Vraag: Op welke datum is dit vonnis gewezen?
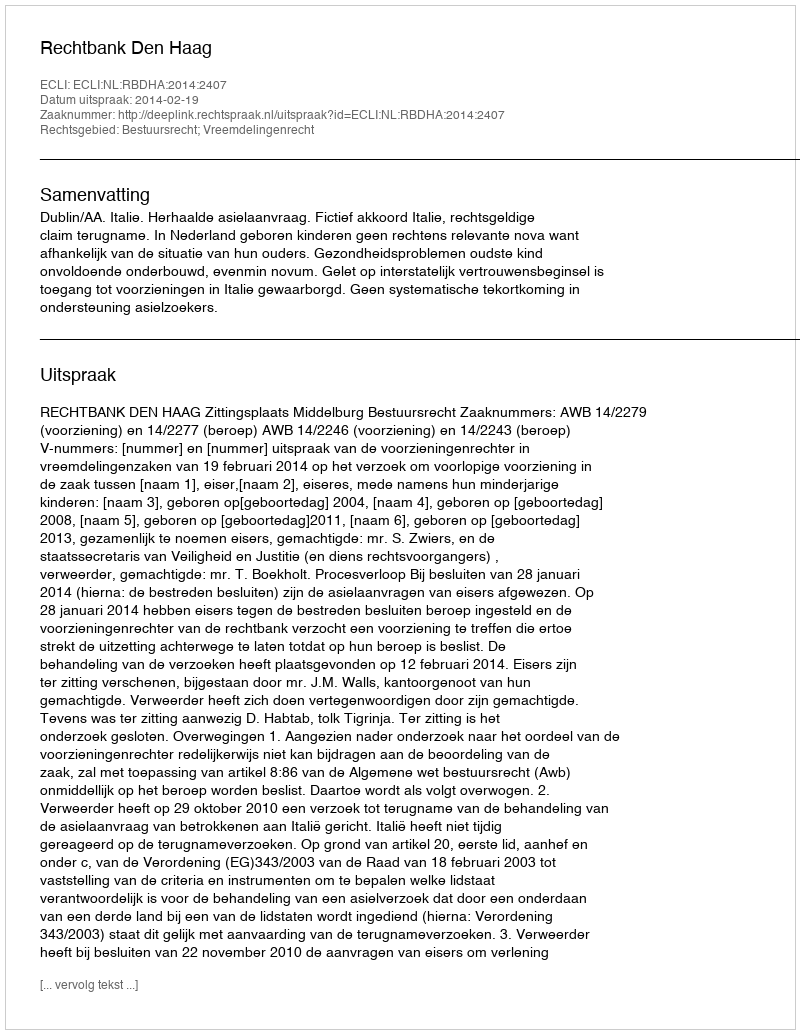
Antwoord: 2014-02-19